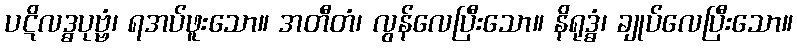
ပဋိလဒ္ဓပုဗ္ဗံ၊ ရအပ်ဖူးသော။ အတီတံ၊ လွန်လေပြီးသော။ နိရုဒ္ဓံ၊ ချုပ်လေပြီးသော။